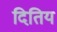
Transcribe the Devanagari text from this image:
दितिय